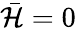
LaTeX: \bar{\mathcal{H}}=0